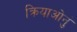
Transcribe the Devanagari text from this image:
क्रियाओनुं